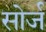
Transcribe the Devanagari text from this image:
सोर्ज